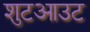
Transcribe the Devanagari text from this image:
शुटआउट